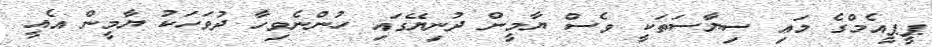
ޕީޕީއެމްގެ މައި ސިޔާސަތަކީ ވެސް ޔާމީން ދުނިޔޭގައި ހުންނެވިހާ ދުވަހަކު ޔާމީން އެއީ